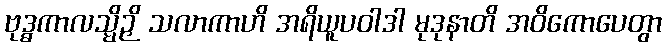
ဗုဒ္ဓကာလသ္မိဉှိ သလာကာဟိ အရိယူပဝါဒါ မုဒုနာတိ အဝိကောပေတွာ